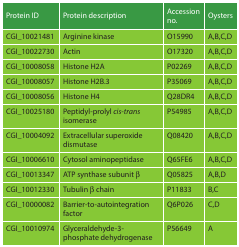
<table><thead><tr><td><b>Protein ID</b></td><td><b>Protein description</b></td><td><b>Accession no.</b></td><td><b>Oysters</b></td></tr></thead><tbody><tr><td>CGI_10021481</td><td>Arginine kinase</td><td>O15990</td><td>A,B,C,D</td></tr><tr><td>CGI_10022730</td><td>Actin</td><td>O17320</td><td>A,B,C,D</td></tr><tr><td>CGI_10008058</td><td>Histone H2A</td><td>P02269</td><td>A,B,C,D</td></tr><tr><td>CGI_10008057</td><td>Histone H2B.3</td><td>P35069</td><td>A,B,C,D</td></tr><tr><td>CGI_10008056</td><td>Histone H4</td><td>Q28DR4</td><td>A,B,C,D</td></tr><tr><td>CGI_10025180</td><td>Peptidyl-prolyl <i>cis-trans</i> isomerase</td><td>P54985</td><td>A,B,C,D</td></tr><tr><td>CGI_10004092</td><td>Extracellular superoxide dismutase</td><td>Q08420</td><td>A,B,C,D</td></tr><tr><td>CGI_10006610</td><td>Cytosol aminopeptidase</td><td>Q65FE6</td><td>A,B,C,D</td></tr><tr><td>CGI_10013347</td><td>ATP synthase subunit β</td><td>Q05825</td><td>A,B,D</td></tr><tr><td>CGI_10012330</td><td>Tubulin β chain</td><td>P11833</td><td>B,C</td></tr><tr><td>CGI_10000082</td><td>Barrier-to-autointegration factor</td><td>Q6P026</td><td>C,D</td></tr><tr><td>CGI_10010974</td><td>Glyceraldehyde-3-phosphate dehydrogenase</td><td>P56649</td><td>A</td></tr></tbody></table>